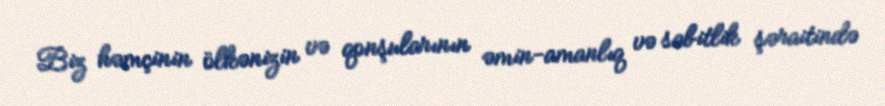
Biz həmçinin ölkənizin və qonşularının əmin-amanlıq və sabitlik şəraitində